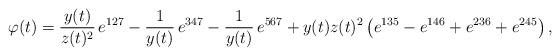
LaTeX: \begin{align*} \varphi(t) = \frac{y(t)}{z(t)^2}\,e^{127}-\frac{1}{y(t)}\,e^{347}-\frac{1}{y(t)}\,e^{567}+y(t)z(t)^2\left(e^{135}-e^{146}+e^{236}+e^{245}\right),\end{align*}